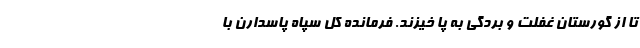
تا از گورستان غفلت و بردگی به پا خیزند. فرمانده کل سپاه پاسدارن با